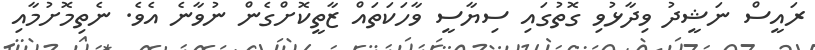
ރައީސް ނަޝީދު ވިދާޅުވި ގޮތުގައި ސިޔާސީ ވާހަކަތައް ޒާތީކޮށްގެން ނުވާނެ އެވެ. ނެތިމޮށުމާއި